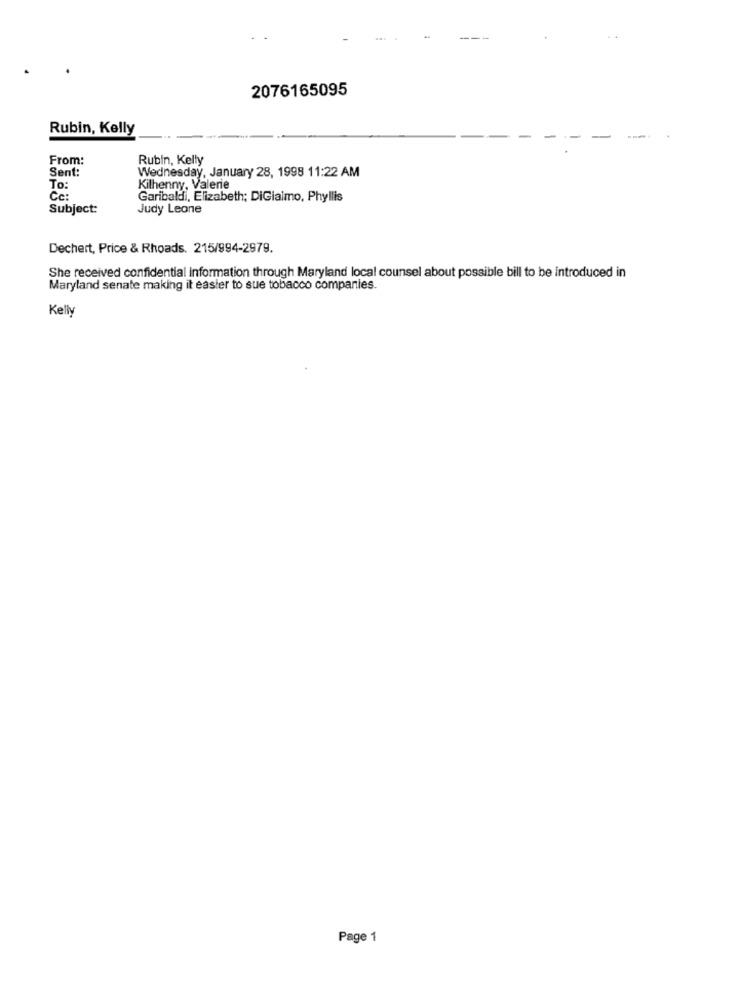
2076165095
Rubin, Kelly
From:
Rubin, Kelly
Sent:
Wednesday, January 28, 1998 11:22 AM
To:
Kilhenny, Valerie
Cc:
Garibaldi, Elizabeth; DiGiaimo, Phyllis
Subject:
Judy Leone
Dechert, Price & Rhoads. 215/994-2979.
She received confidential information through Maryland local counsel about possible bill to be introduced in
Maryland senate making it easier to sue tobacco companies.
Kelly
Page 1